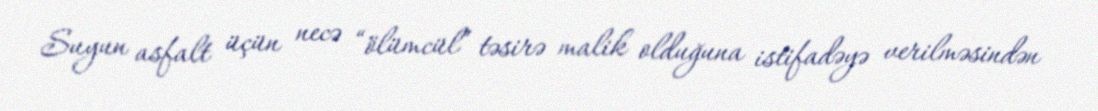
Suyun asfalt üçün necə “ölümcül” təsirə malik olduğuna istifadəyə verilməsindən